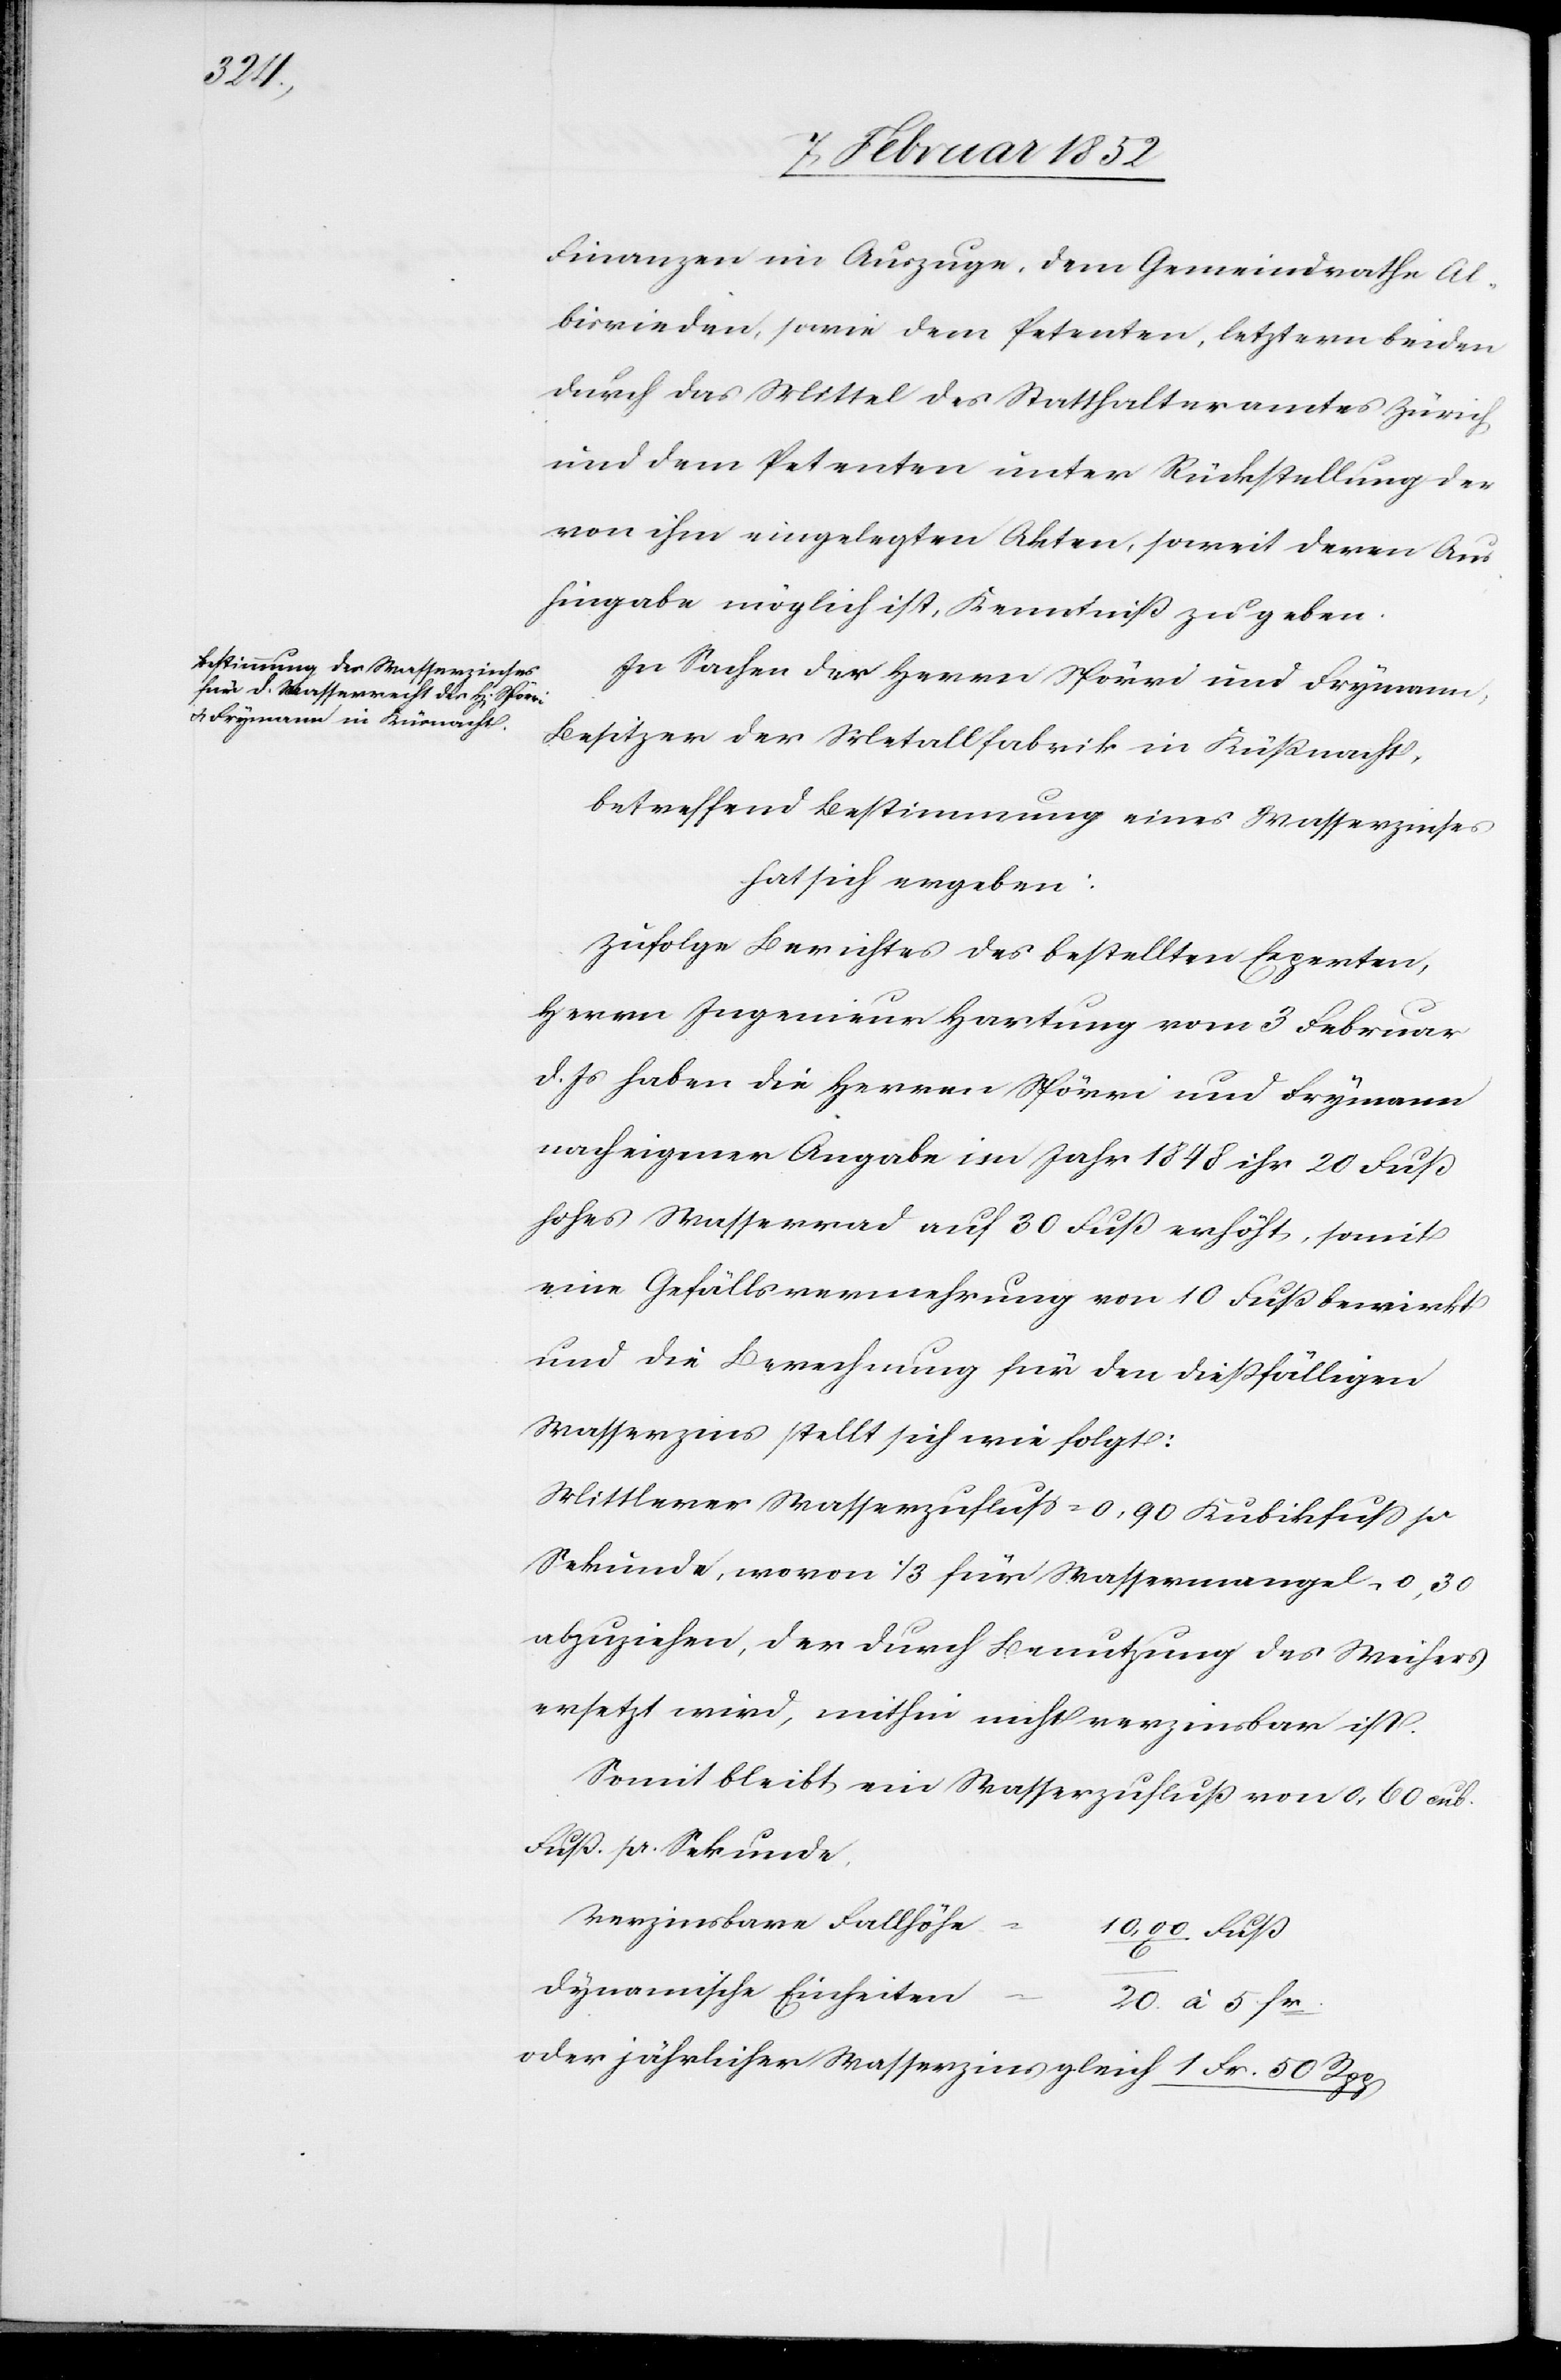
Finanzen im Auszuge, dem Gemeindrathe Al¬
bisrieden, sowie dem Petenten, letztern beiden
durch das Mittel des Statthalteramtes Zürich
und dem Petenten unter Rückstellung der
von ihm eingelegten Akten, soweit deren Aus¬
hingabe möglich ist, Kenntniß zu geben.
In Sachen der Herrn Spörri und Frymann,
Besitzer der Metallfabrik in Küßnacht,
betreffend Bestimmung eines Wasserzinses
hat sich ergeben:
Zufolge Berichtes des bestellten Experten,
Herrn Ingenieur Hartung vom 3 Februar
d. Js haben die Herren Spörri und Frymann
nach eigener Angabe im Jahr 1848 ihr 20 Fuß
hohes Wasserrad auf 30 Fuß erhöht, somit
eine Gefällsvermehrung von 10 Fuß bewirkt
und die Berechnung für den dießfälligen
Wasserzins stellt sich wie folgt:
Mittlerer Wasserzufluß = 0,90 Kubikfuß pr
Sekunde, wovon 1/3 für Wassermangel = 0,30
abzuziehen, der durch Benutzung des Weihers
ersetzt wird, mithin nicht verzinsbar ist.
Somit bleibt ein Wasserzufluß von 0,60 cub.
Fuß pr. Sekunde.
Verzinsbare Fallhöhe
dynamische Einheiten
20 à 5 Fr.
oder jährlicher Wasserzins gleich 1 fr. 50 Rpp